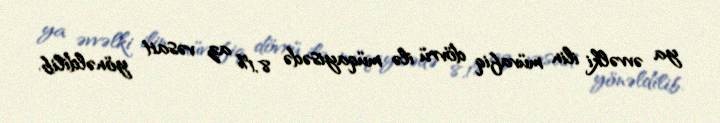
ya əvvəlki ilin müvafiq dövrü ilə müqayisədə 8,1% az vəsait yönəldilib.